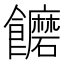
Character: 饝